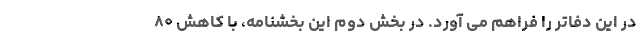
در این دفاتر را فراهم می آورد. در بخش دوم این بخشنامه، با کاهش ۸۰